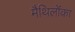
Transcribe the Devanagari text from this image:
मैथिलोंका